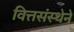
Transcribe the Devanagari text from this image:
वित्तसंस्थेने